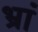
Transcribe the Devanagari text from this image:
भ्रां